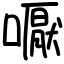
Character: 嚈